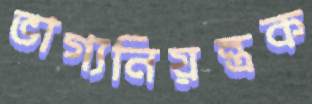
ভাগ্যনিয়ন্ত্রক